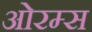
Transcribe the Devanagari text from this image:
ओरम्स